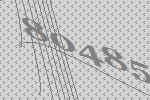
80485